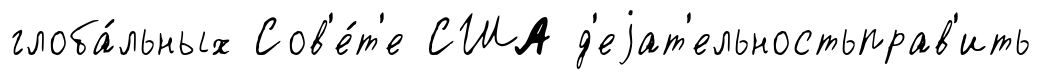
глоба́льных Сов'е́т'е США д'еjат'ельностьправ'ить